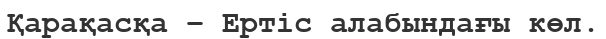
Қарақасқа – Ертіс алабындағы көл.